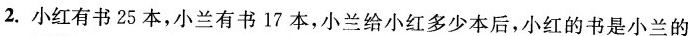
2. 小红有书25本，小兰有书17本，小兰给小红多少本后，小红的书是小兰的